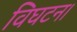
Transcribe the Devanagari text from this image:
विघटन।